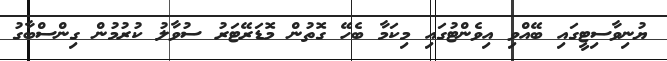
ޔުނިވާސިޓީގައި ބޭއްވި އިވެންޓުގައި މިކަމާ ބެހޭ ގޮތުން މޮޑަރޭޓަރު ސުވާލު ކުރުމުން ގިންސްބާގު